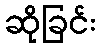
ဆိုခြင်း